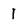
Character: 1